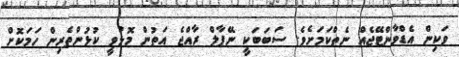
ވަކިން އެޑްވާންޓޭޖެއް ނެތްކަމަށެވެ. ސަބަބަކީ ނޭޕާލް ރާއްޖެ އަތުން މޮޅުވީ ކުޅުންތެރިން ހަމަކޮށް